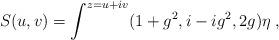
LaTeX: \begin{align*}S(u,v) = \int^{z=u+iv} (1+g^2,i-ig^2,2g) \eta \; , \end{align*}